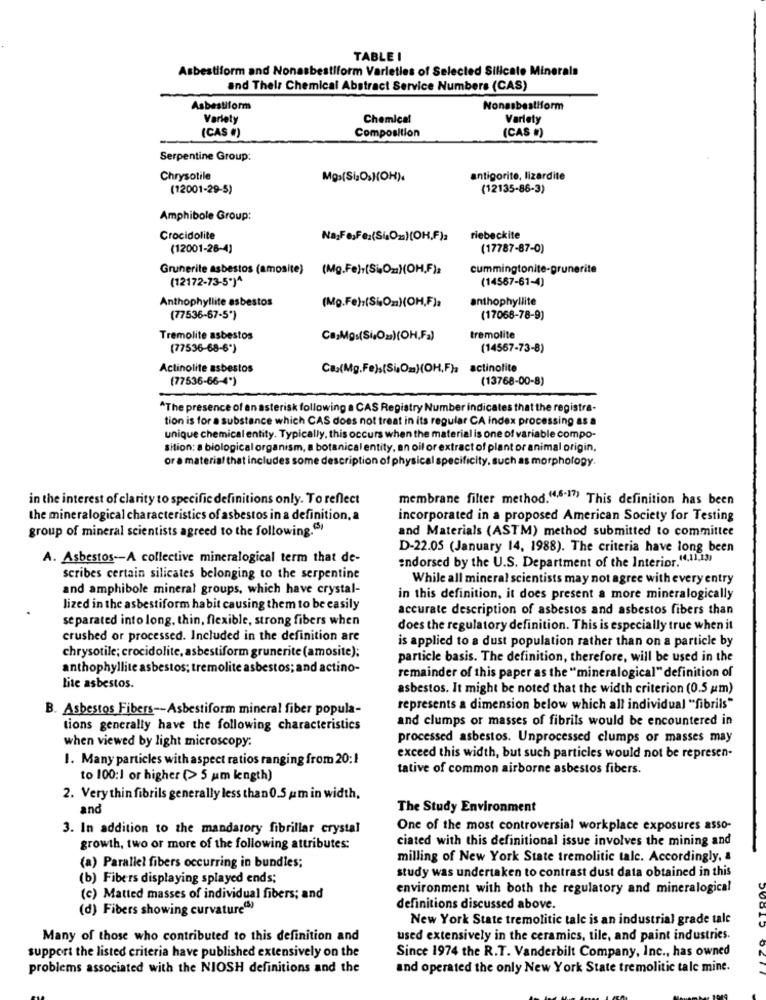
TABLE I
Asbestiform and Nonasbestiform Varieties of Selected Silicate Minerals
and Thelr Chemical Abstract Service Numbers (CAS)
Asbestiform
Nonasbestiform
Variety
Chemical
Variety
Composition
(CAS ()
(CAS )
Serpentine Group:
Chrysotile
antigorite, lizardite
(12001-29-5)
(12135-86-3)
Amphibole Group:
Crocidolite
riebeckite
(12001-26-4)
(17787-87-0)
Grunerile asbestos (amosite) (Mg.Fe)+(SiOm)(OH.F)a
cummingtonite-grunerite
(12172-73-5")^
(14567-61-4)
Anthophyllite asbestos
anthophyllite
(Mg.Fe):(Si,On)(OH,F),
(77536-67-5*)
(17068-78-9)
Tremolite asbestos
CasMgs(Si,Oz)(OH,Fa)
tremolite
(77536-68-6*)
(14567-73-8)
Actinolite asbestos
Cax(Mg.Fe)s(SiOm)(OH,F)a actinolite
(77536-66-4")
(13768-00-8)
^The presence of an asterisk following a CAS Registry Number indicates that the registra-
tion is for a substance which CAS does not treat in its regular CA index processing as a
unique chemical entity. Typically, this occurs when the material is one of variable compo-
sition: a biological organism, a botanical entity, an oil or extract of plant or animal origin,
Or a material that includes some description of physical specificity, such as morphology.
in the interest of clarity to specific definitions only. To reflect
membrane filter method.(4,6.17) This definition has been
the mineralogical characteristics of asbestos in a definition, a
incorporated in a proposed American Society for Testing
group of mineral scientists agreed to the following."
and Materials (ASTM) method submitted to committee
D-22.05 (January 14, 1988). The criteria have long been
A. Asbestos-A collective mineralogical term that de-
endorsed by the U.S. Department of the Interior.(4,11,13)
scribes certain silicates belonging to the serpentine
While all mineral scientists may not agree with every entry
and amphibole mineral groups, which have crystal-
in this definition, it does present a more mineralogically
lized in the asbestiform habit causing them to be easily
accurate description of asbestos and asbestos fibers than
separated into long, thin, flexible, strong fibers when
does the regulatory definition. This is especially true when it
crushed or processed. Included in the definition are
is applied to a dust population rather than on a particle by
chrysotile; crocidolite, asbestiform grunerite (amosite);
particle basis. The definition, therefore, will be used in the
anthophyllite asbestos; tremolite asbestos; and actino-
remainder of this paper as the "mineralogical" definition of
lite asbestos.
asbestos. It might be noted that the width criterion (0.5 um)
B. Asbestos Fibers -- Asbestiform mineral fiber popula-
represents a dimension below which all individual "fibrils"
and clumps or masses of fibrils would be encountered in
tions generally have the following characteristics
processed asbestos. Unprocessed clumps or masses may
when viewed by light microscopy:
1. Many particles with aspect ratios ranging from 20:1
exceed this width, but such particles would not be represen-
tative of common airborne asbestos fibers.
to 100:1 or higher (> 5 um length)
2. Very thin fibrils generally less than0.5 um in width,
and
The Study Environment
3. In addition to the mandatory fibrillar crystal
One of the most controversial workplace exposures asso-
ciated with this definitional issue involves the mining and
growth, two or more of the following attributes:
milling of New York State tremolitic talc. Accordingly, &
(a) Parallel fibers occurring in bundles;
study was undertaken to contrast dust data obtained in this
(b) Fibers displaying splayed ends;
environment with both the regulatory and mineralogical
(c) Matted masses of individual fibers; and
(d) Fibers showing curvature
definitions discussed above.
New York State tremolitic tale is an industrial grade tale
Many of those who contributed to this definition and
used extensively in the ceramics, tile, and paint industries.
support the listed criteria have published extensively on the
Since 1974 the R.T. Vanderbilt Company, Inc ., has owned
problems associated with the NIOSH definitions and the
and operated the only New York State tremolitic tale mine.